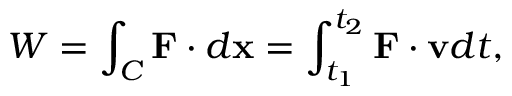
W = \int _ { C } \mathbf { F } \cdot d \mathbf { x } = \int _ { t _ { 1 } } ^ { t _ { 2 } } \mathbf { F } \cdot \mathbf { v } d t ,